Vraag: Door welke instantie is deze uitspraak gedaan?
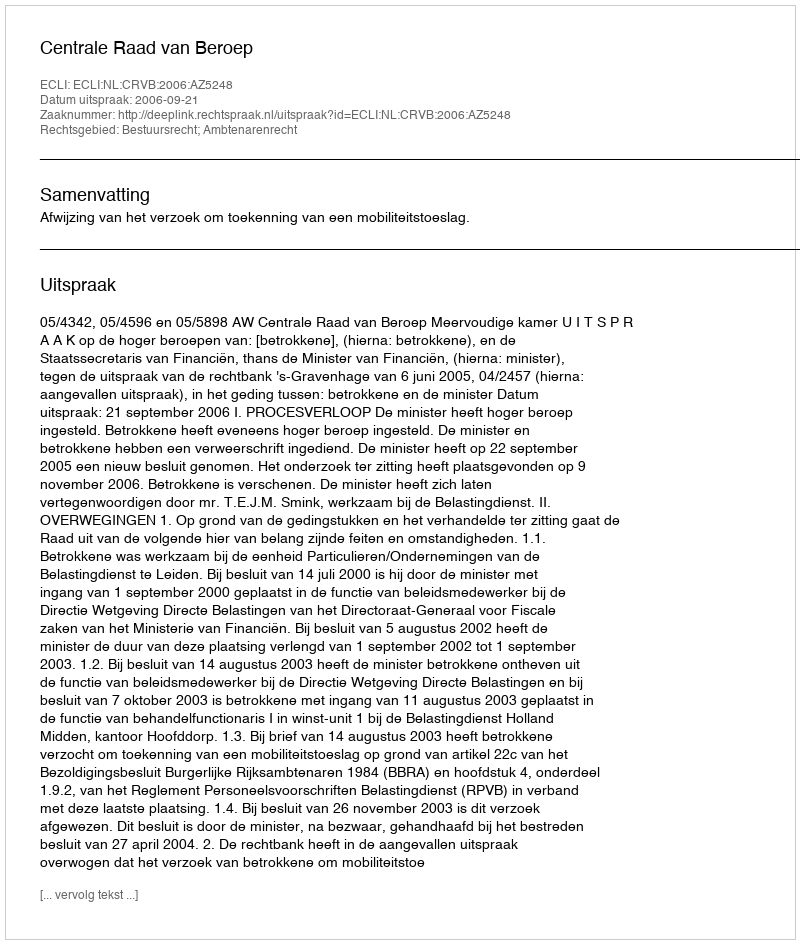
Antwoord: Centrale Raad van Beroep